画像に写った文字を読んでください
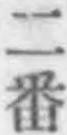
「二番」と書いてあります